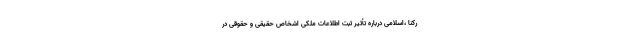
رکنا ،اسلامی درباره تأثیر ثبت اطلاعات ملکی اشخاص حقیقی و حقوقی در